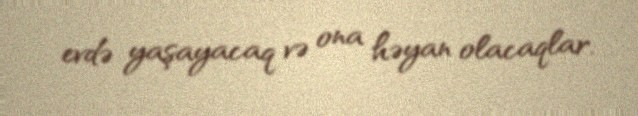
evdə yaşayacaq və ona həyan olacaqlar.